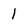
Character: I